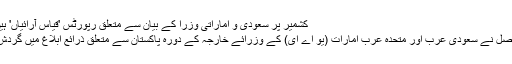
کشمیر پر سعودی و اماراتی وزرا کے بیان سے متعلق رپورٹس 'قیاس آرائیاں' ہیں، دفترخارجہ - Dunya Pakistan
دفتر خارجہ کے ترجمان ڈاکٹر محمد فیصل نے سعودی عرب اور متحدہ عرب امارات (یو اے ای) کے وزرائے خارجہ کے دورہ پاکستان سے متعلق ذرائع ابلاغ میں گردش کرنے والی رپورٹس کو مسترد کردیا۔